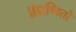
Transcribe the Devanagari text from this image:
॥प्रणितो